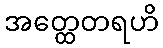
အတ္ထေတရဟိ